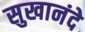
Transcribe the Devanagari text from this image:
सुखानंदे